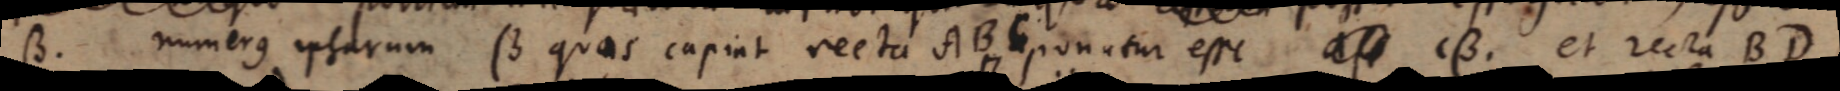
β. Numerus ipsarum β quas capiat recta AB c ponatur esse cβ et recta BD